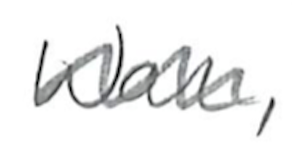
Text: War,
Cross-out: wave
Writing tool: pencil